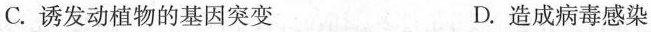
C.诱发动植物的基因突变 D.造成病毒感染